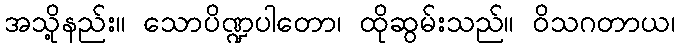
အသို့နည်း။ သောပိဏ္ဍပါတော၊ ထိုဆွမ်းသည်။ ဝိသဂတာယ၊